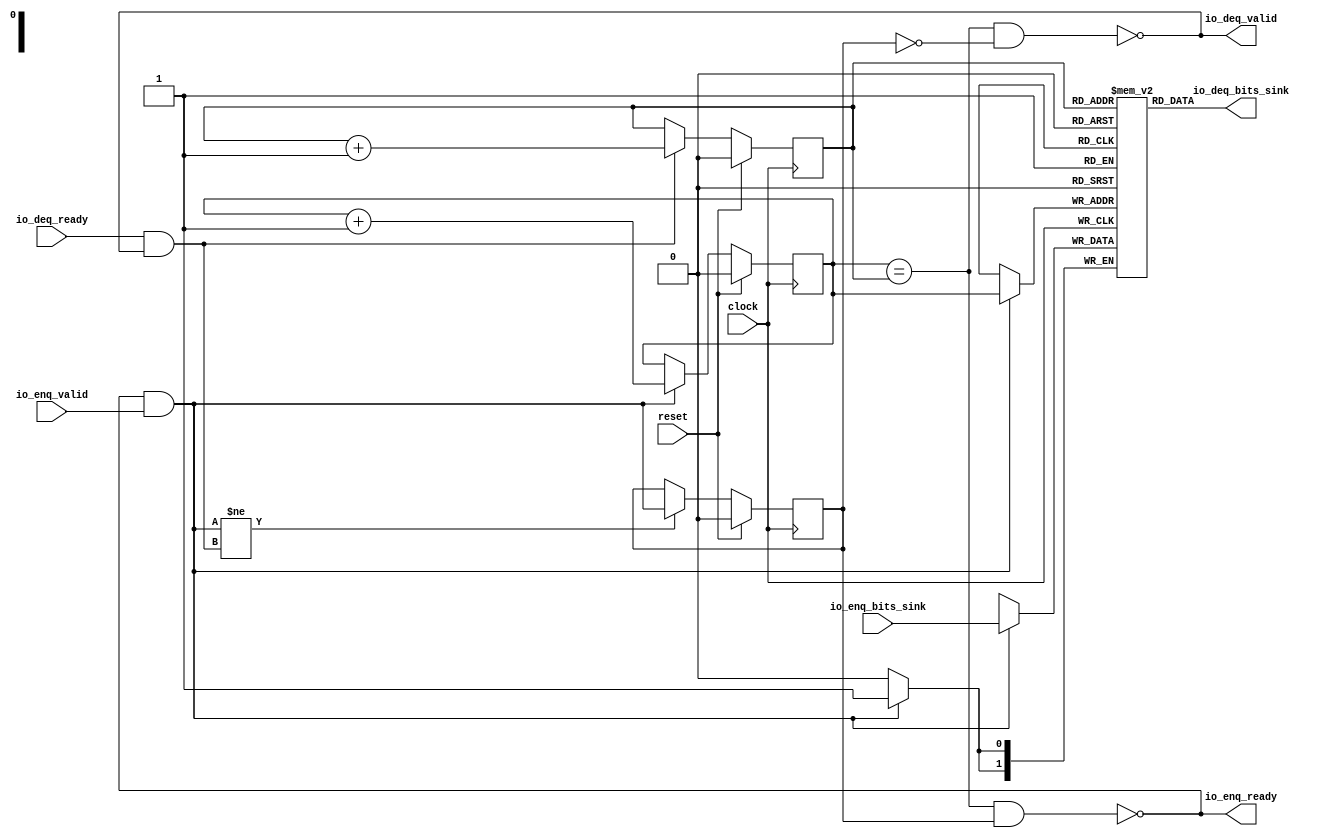
// Copyright (c) 2017, Microsemi Corporation
// All rights reserved.
//
// Redistribution and use in source and binary forms, with or without
// modification, are permitted provided that the following conditions are met:
//     * Redistributions of source code must retain the above copyright
//       notice, this list of conditions and the following disclaimer.
//     * Redistributions in binary form must reproduce the above copyright
//       notice, this list of conditions and the following disclaimer in the
//       documentation and/or other materials provided with the distribution.
//     * Neither the name of the <organization> nor the
//       names of its contributors may be used to endorse or promote products
//       derived from this software without specific prior written permission.
//
// THIS SOFTWARE IS PROVIDED BY THE COPYRIGHT HOLDERS AND CONTRIBUTORS "AS IS" AND
// ANY EXPRESS OR IMPLIED WARRANTIES, INCLUDING, BUT NOT LIMITED TO, THE IMPLIED
// WARRANTIES OF MERCHANTABILITY AND FITNESS FOR A PARTICULAR PURPOSE ARE
// DISCLAIMED. IN NO EVENT SHALL MICROSEMI CORPORATIONM BE LIABLE FOR ANY
// DIRECT, INDIRECT, INCIDENTAL, SPECIAL, EXEMPLARY, OR CONSEQUENTIAL DAMAGES
// (INCLUDING, BUT NOT LIMITED TO, PROCUREMENT OF SUBSTITUTE GOODS OR SERVICES;
// LOSS OF USE, DATA, OR PROFITS; OR BUSINESS INTERRUPTION) HOWEVER CAUSED AND
// ON ANY THEORY OF LIABILITY, WHETHER IN CONTRACT, STRICT LIABILITY, OR TORT
// (INCLUDING NEGLIGENCE OR OTHERWISE) ARISING IN ANY WAY OUT OF THE USE OF THIS
// SOFTWARE, EVEN IF ADVISED OF THE POSSIBILITY OF SUCH DAMAGE.
//
// APACHE LICENSE
// Copyright (c) 2017, Microsemi Corporation 
//
// Licensed under the Apache License, Version 2.0 (the "License");
// you may not use this file except in compliance with the License.
// You may obtain a copy of the License at
//
//    http://www.apache.org/licenses/LICENSE-2.0
//
// Unless required by applicable law or agreed to in writing, software
// distributed under the License is distributed on an "AS IS" BASIS,
// WITHOUT WARRANTIES OR CONDITIONS OF ANY KIND, either express or implied.
// See the License for the specific language governing permissions and
// limitations under the License.
//
// Description:
//
// SVN Revision Information:
// SVN $Revision: $
// SVN $Date: $
//
// Resolved SARs
// SAR      Date     Who   Description
//
// Notes:
//
// ****************************************************************************/
`define RANDOMIZE
`timescale 1ns/10ps
module PROC_SUBSYSTEM_MIV_RV32IMA_L1_AHB_0_MIV_RV32IMA_L1_AHB_QUEUE_18(
  input        clock,
  input        reset,
  output       io_enq_ready,
  input        io_enq_valid,
  input  [1:0] io_enq_bits_sink,
  input        io_deq_ready,
  output       io_deq_valid,
  output [1:0] io_deq_bits_sink
);
  reg [1:0] ram_sink [0:1] /* synthesis syn_ramstyle = "registers" */;
  reg [31:0] _RAND_0;
  wire [1:0] ram_sink__T_43_data;
  wire  ram_sink__T_43_addr;
  wire [1:0] ram_sink__T_29_data;
  wire  ram_sink__T_29_addr;
  wire  ram_sink__T_29_mask;
  wire  ram_sink__T_29_en;
  reg  value;
  reg [31:0] _RAND_1;
  reg  value_1;
  reg [31:0] _RAND_2;
  reg  maybe_full;
  reg [31:0] _RAND_3;
  wire  _T_20;
  wire  _T_22;
  wire  _T_23;
  wire  _T_24;
  wire  _T_25;
  wire  _T_27;
  wire [1:0] _T_32;
  wire  _T_33;
  wire  _GEN_4;
  wire [1:0] _T_36;
  wire  _T_37;
  wire  _GEN_5;
  wire  _T_38;
  wire  _GEN_6;
  wire  _T_40;
  wire  _T_42;
  assign io_enq_ready = _T_42;
  assign io_deq_valid = _T_40;
  assign io_deq_bits_sink = ram_sink__T_43_data;
  assign ram_sink__T_43_addr = value_1;
  assign ram_sink__T_43_data = ram_sink[ram_sink__T_43_addr];
  assign ram_sink__T_29_data = io_enq_bits_sink;
  assign ram_sink__T_29_addr = value;
  assign ram_sink__T_29_mask = _T_25;
  assign ram_sink__T_29_en = _T_25;
  assign _T_20 = value == value_1;
  assign _T_22 = maybe_full == 1'h0;
  assign _T_23 = _T_20 & _T_22;
  assign _T_24 = _T_20 & maybe_full;
  assign _T_25 = io_enq_ready & io_enq_valid;
  assign _T_27 = io_deq_ready & io_deq_valid;
  assign _T_32 = value + 1'h1;
  assign _T_33 = _T_32[0:0];
  assign _GEN_4 = _T_25 ? _T_33 : value;
  assign _T_36 = value_1 + 1'h1;
  assign _T_37 = _T_36[0:0];
  assign _GEN_5 = _T_27 ? _T_37 : value_1;
  assign _T_38 = _T_25 != _T_27;
  assign _GEN_6 = _T_38 ? _T_25 : maybe_full;
  assign _T_40 = _T_23 == 1'h0;
  assign _T_42 = _T_24 == 1'h0;
`ifdef RANDOMIZE
  integer initvar;
  initial begin
    `ifndef verilator
      #0.002 begin end
    `endif
  _RAND_0 = {1{$random}};
  `ifdef RANDOMIZE_MEM_INIT
  for (initvar = 0; initvar < 2; initvar = initvar+1)
    ram_sink[initvar] = _RAND_0[1:0];
  `endif // RANDOMIZE_MEM_INIT
  `ifdef RANDOMIZE_REG_INIT
  _RAND_1 = {1{$random}};
  value = _RAND_1[0:0];
  `endif // RANDOMIZE_REG_INIT
  `ifdef RANDOMIZE_REG_INIT
  _RAND_2 = {1{$random}};
  value_1 = _RAND_2[0:0];
  `endif // RANDOMIZE_REG_INIT
  `ifdef RANDOMIZE_REG_INIT
  _RAND_3 = {1{$random}};
  maybe_full = _RAND_3[0:0];
  `endif // RANDOMIZE_REG_INIT
  end
`endif // RANDOMIZE
  always @(posedge clock) begin
    if(ram_sink__T_29_en & ram_sink__T_29_mask) begin
      ram_sink[ram_sink__T_29_addr] <= ram_sink__T_29_data;
    end
    if (reset) begin
      value <= 1'h0;
    end else begin
      if (_T_25) begin
        value <= _T_33;
      end
    end
    if (reset) begin
      value_1 <= 1'h0;
    end else begin
      if (_T_27) begin
        value_1 <= _T_37;
      end
    end
    if (reset) begin
      maybe_full <= 1'h0;
    end else begin
      if (_T_38) begin
        maybe_full <= _T_25;
      end
    end
  end
endmodule